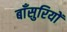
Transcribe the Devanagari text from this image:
बाँसुरियों